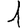
Digit: 1